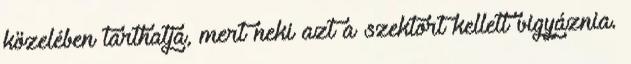
közelében tarthatja, mert neki azt a szektort kellett vigyáznia.